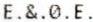
E.&.0.E.